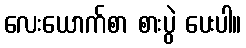
လေးယောက်စာ စားပွဲ ပေးပါ။